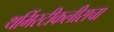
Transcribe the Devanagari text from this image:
थर्मिस्टीकलीसचा